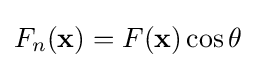
F_{n}(\mathbf {x} )=F(\mathbf {x} )\cos \theta